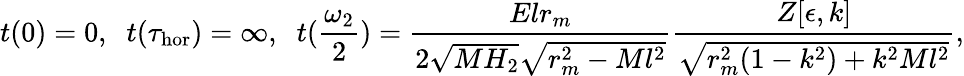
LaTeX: t(0)=0,\; \; t(\tau_{\mathrm{hor}})=\infty,\; \; t(\frac{\omega_{2}}{2})=\frac{Elr_{m}}{2\sqrt{MH_{2}}\sqrt{r_{m}^{2}-Ml^{2}}}\frac{Z[\epsilon,k]}{\sqrt{r_{m}^{2}(1-k^{2})+k^{2}Ml^{2}}},